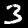
Label: 3